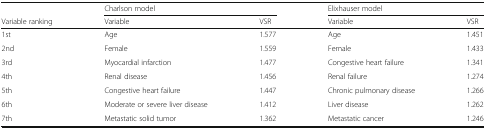
|  | <COLSPAN=2> Charlson model | <COLSPAN=2> Elixhauser model |
 | Variable ranking | Variable | VSR | Variable | VSR |
 | --- | --- | --- | --- | --- |
 | 1st | Age | 1.577 | Age | 1.451 |
 | 2nd | Female | 1.559 | Female | 1.433 |
 | 3rd | Myocardial infarction | 1.477 | Congestive heart failure | 1.341 |
 | 4th | Renal disease | 1.456 | Renal failure | 1.274 |
 | 5th | Congestive heart failure | 1.447 | Chronic pulmonary disease | 1.266 |
 | 6th | Moderate or severe liver disease | 1.412 | Liver disease | 1.262 |
 | 7th | Metastatic solid tumor | 1.362 | Metastatic cancer | 1.246 |